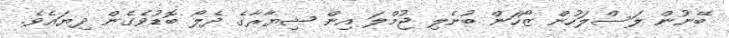
ބޭނުން ލަސްލަހުން ޒޯހަން ބުނެލި ޖުމްލަ އިން ޝިޔާރާގެ ދެލޯ ބޮޑުވެގެން ދިޔައެވެ.